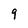
Character: 9